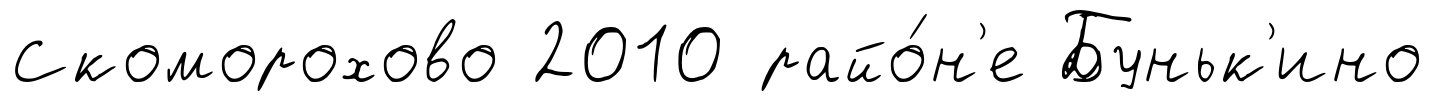
Скоморохово 2010 райо́н'е Буньк'ино